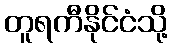
တူရကီနိုင်ငံသို့